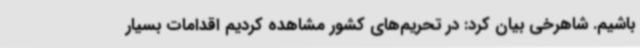
باشیم. شاهرخی بیان کرد: در تحریم‌های کشور مشاهده کردیم اقدامات بسیار